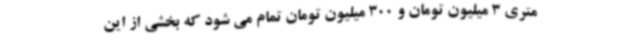
متری 3 میلیون تومان و 300 میلیون تومان تمام می شود که بخشی از این